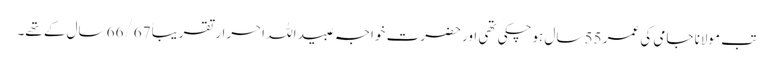
تب مولانا جامی کی عمر 55 سال ہوچکی تھی اور حضرت خواجہ عبید اللہ احرار تقریباً 66/67 سال کے تھے۔